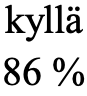
kyllä 86 %